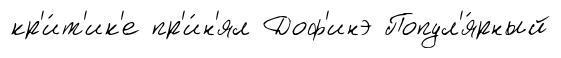
кр'и́т'ик'е пр'и́н'ял Доф'инэ Попул'я́рный